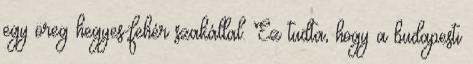
egy öreg hegyes-fehér szakállal. Ez tudta, hogy a budapesti